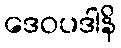
ဒေဝပဒါနိ